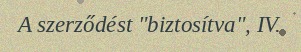
A szerződést "biztosítva", IV.